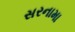
સરનામા